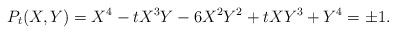
LaTeX: \begin{align*}P_{t}(X,Y) = X^{4}-tX^{3}Y-6X^{2}Y^{2}+tXY^{3}+Y^{4} = \pm 1. \end{align*}